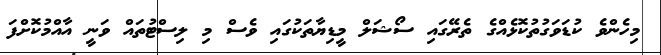
މިހެންވެ ކުޑަވަގުތުކޮޅެއްގެ ތެރޭގައި ސޯޝަލް މީޑިޔާތަކުގައި ވެސް މި ލިސްޓުތައް ވަނީ އާއްމުކޮށްފަ